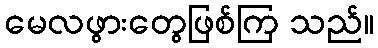
မေလဖွားတွေဖြစ်ကြ သည်။